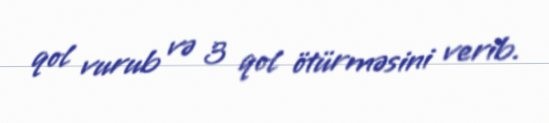
qol vurub və 3 qol ötürməsini verib.